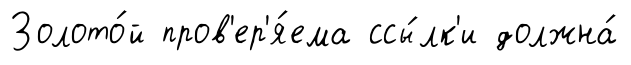
Золото́й пров'ер'я́ема ссы́лк'и должна́